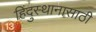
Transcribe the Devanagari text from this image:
हिंदुस्थानासाठी